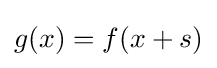
g(x)=f(x+s)